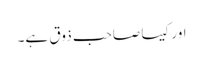
اور کیسا صاحب ذوق ہے۔